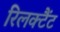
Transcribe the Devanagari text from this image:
रिलक्टैंट